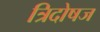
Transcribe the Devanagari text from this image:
त्रिदोषज